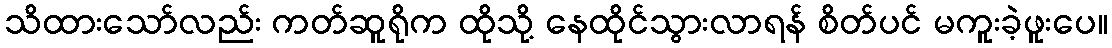
သိထားသော်လည်း ကတ်ဆူရိုက ထိုသို့ နေထိုင်သွားလာရန် စိတ်ပင် မကူးခဲ့ဖူးပေ။